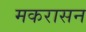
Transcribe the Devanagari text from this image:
मकरासन